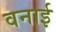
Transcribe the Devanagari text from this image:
वनाई